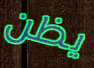
يظن